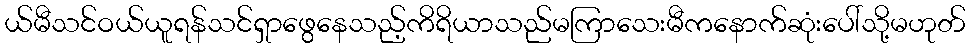
ယ်မီသင်ဝယ်ယူရန်သင်ရှာဖွေနေသည့်ကိရိယာသည်မကြာသေးမီကနောက်ဆုံးပေါ်သို့မဟုတ်